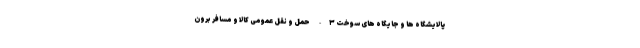
پالایشگاه ها و جایگاه های سوخت ۳- حمل و نقل عمومی کالا و مسافر برون